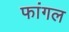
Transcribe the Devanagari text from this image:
फांगल